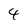
Character: 4